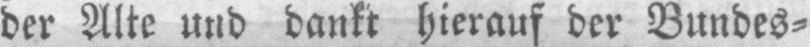
der Alte und dankt hierauf der Bundes⸗